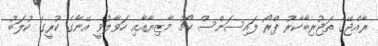
ރާއްޖޭގެ ތަޖުރިބާކާރު ޕްރޯ ލައިސަންސް ކޯޗު މާޒިޔާއާއި ހަވާލުވީ އޭނާގެ ކުރީގެ ކުލަބު